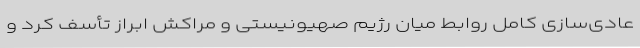
عادی‌سازی کامل روابط میان رژیم صهیونیستی و مراکش ابراز تأسف کرد و